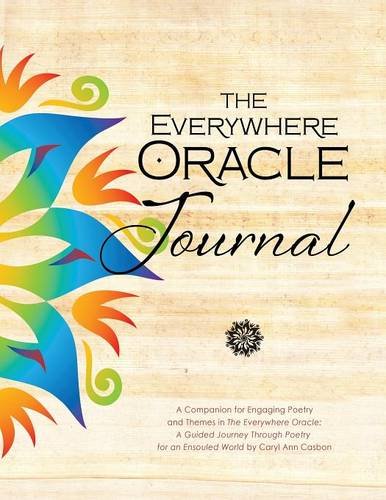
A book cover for The Everywhere Oracle Journal; Caryl Ann Casbon; Literature & Fiction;